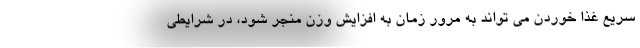
سریع غذا خوردن می تواند به مرور زمان به افزایش وزن منجر شود، در شرایطی